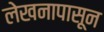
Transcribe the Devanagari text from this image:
लेखनापासून